Black-water fever - Number 35
Disease focus: Fever
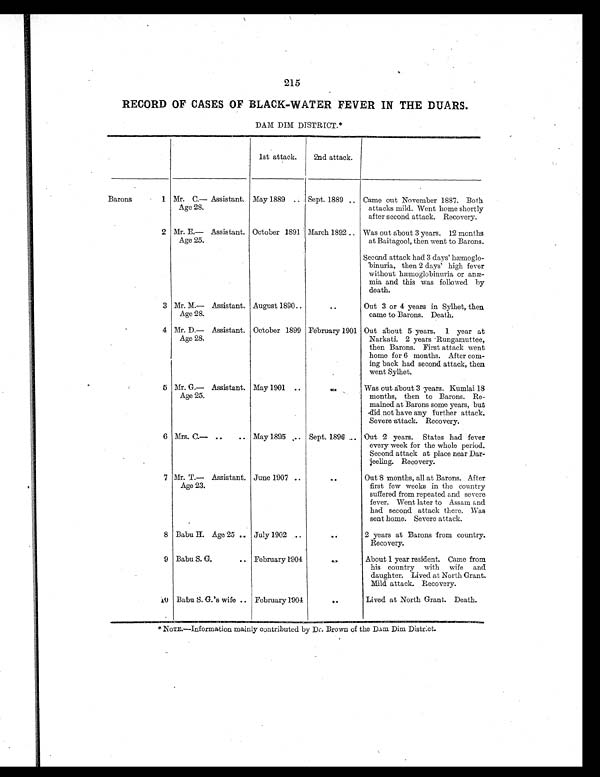
215
RECORD OF CASES OF BLACK-WATER FEVER IN THE DUARS.
DAM DIM DISTRICT.*
1st attack.
2nd attack.
Barons
1 Mr. C.— Assistant.
Age 28.
May 1889
. . Sept. 1889 .. Came out November 1887. Both
attacks mild. Went home shortly
after second attack. Recovery.
2 Mr. E.— Assistant.
Age 25.
October 1891 March 1892 .. Was out about 3 years. 12 months
at Baitagool, then went to Barons.
Second attack had 3 days' hæmoglo-
binuria, then 2 days' high fever
without hæmoglobinuria or anæ-
mia and this was followed by
death.
3 Mr. M.— Assistant.
Age 28.
August 1890 ..
..
Out 3 or 4 years in Sylhet, then
came to Barons. Death.
4 Mr. D.— Assistant.
Age 28.
October 1899 February 1901 Out about 5 years. 1 year at
Narkati. 2 years Rungamuttee,
then Barons. First attack went
home for 6 months. After com-
ing back had second attack, then
went Sylhet.
5 Mr. G.— Assistant.
Age 25.
May 1901 ..
. .
Was out about 3 years. Kumlai 18
months, then to Barons. Re-
mained at Barons some years, but
did not have any further attack.
Severe attack. Recovery.
6 Mrs. C.— ..
.. May 1895
. .
Sept. 1896 .. Out 2 years. States had fever
every week for the whole period.
Second attack at place near Dar-
jeeling. Recovery.
7 Mr. T.— Assistant.
Age 23.
June 1907 ..
..
Out 8 months, all at Barons. After
first few weeks in the country
suffered from repeated and severe
fever. Went later to Assam and
had second attack there. Was
sent home. Severe attack.
8 Babu H. Age 25 . . July 1902 ..
. .
2 years at Barons from country.
Recovery.
9 Babu S. G.
.. February 1904
. .
About 1 year resident. Came from
his country with wife and
daughter. Lived at North Grant.
Mild attack. Recovery.
10 Babu S. G.'s wife .. February 1904
..
Lived at North Grant. Death.
* NOTE. —Informat i on mai nl y cont ri but ed by Dr. Brown of t he Dam Di m Di st ri ct .